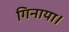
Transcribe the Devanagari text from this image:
गिनाया।